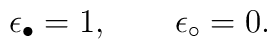
\epsilon_{\bullet}=1,~~~~~~\epsilon_{\circ}=0.